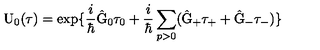
\mathrm { U } _ { 0 } ( \tau ) = \exp \{ \frac { i } { \hbar } \hat { \mathrm { G } } _ { 0 } { \tau } _ { 0 } + \frac { i } { \hbar } \sum _ { p > 0 } ( \hat { \mathrm { G } } _ { + } \tau _ { + } + \hat { \mathrm { G } } _ { - } \tau _ { - } ) \}